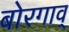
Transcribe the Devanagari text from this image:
बोरगाव्